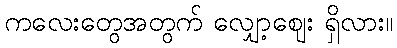
ကလေးတွေအတွက် လျှော့ဈေး ရှိလား။